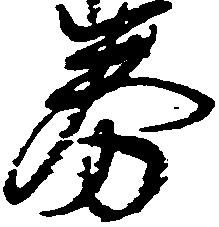
券